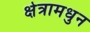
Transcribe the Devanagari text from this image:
क्षेत्रामधुन